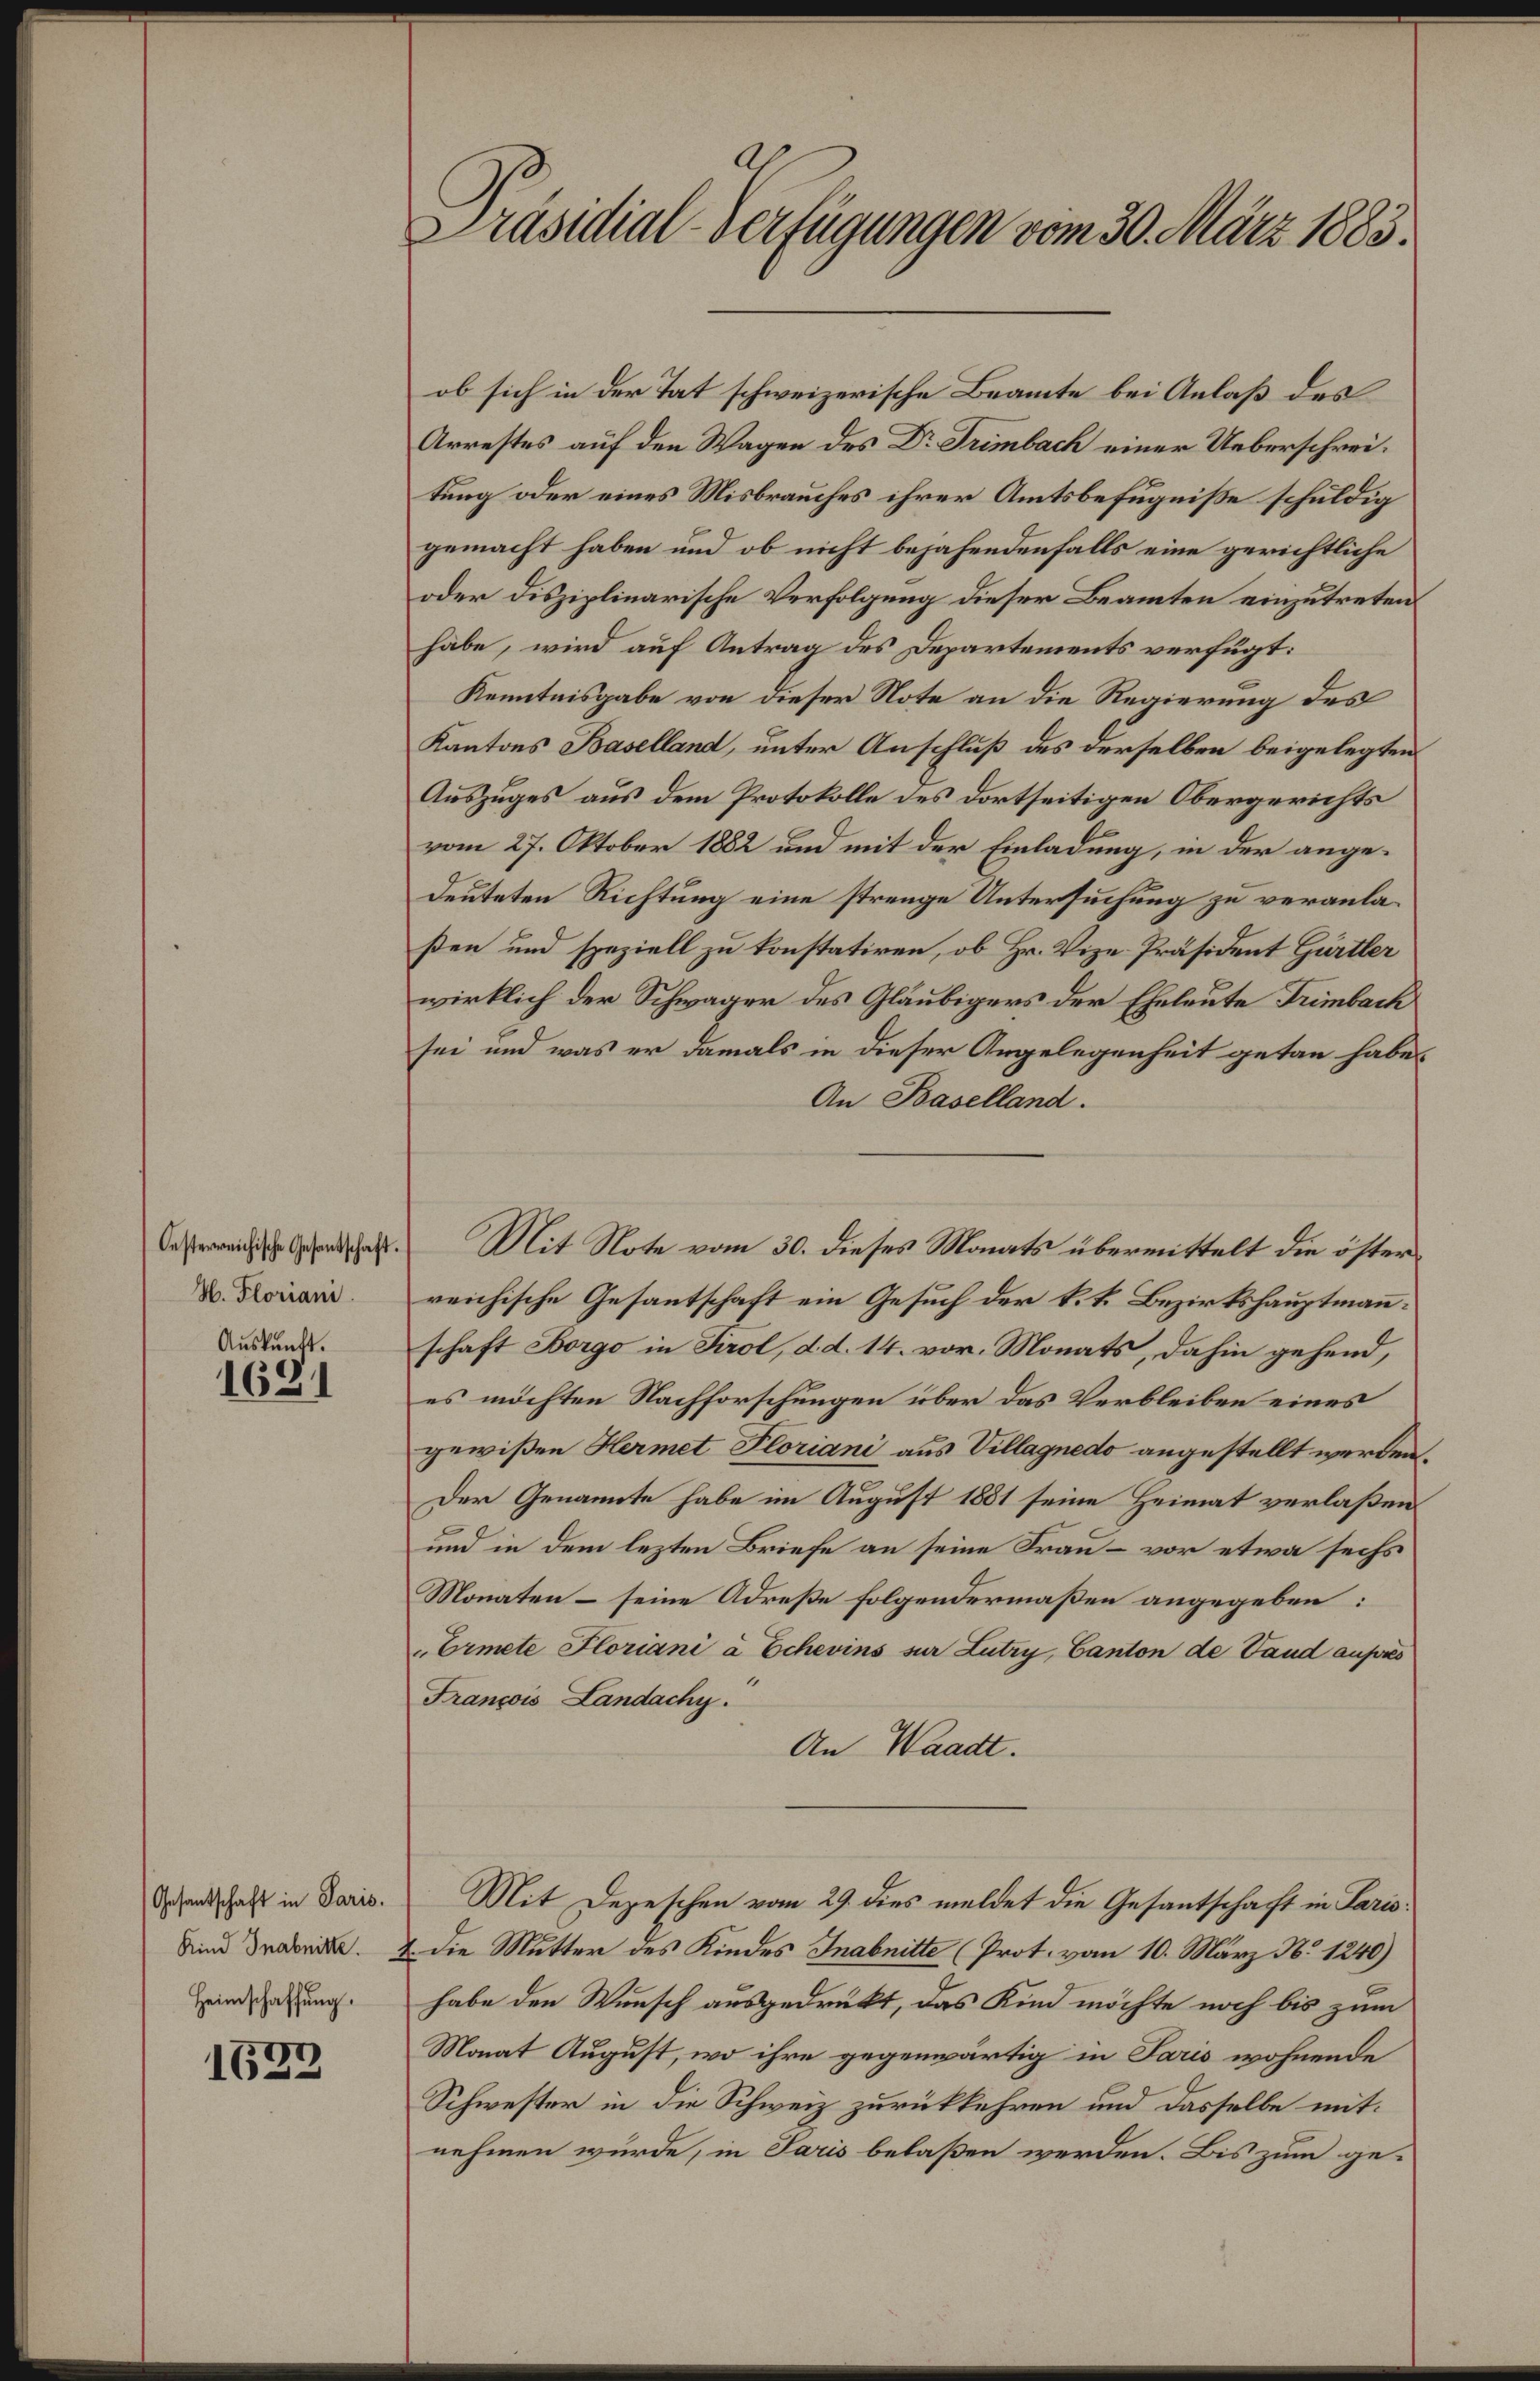
Oesterreichische Gesantschaft.
H. Floriani

Auskunft.
1621

(Gesantschaft in Paris.
Kind Inabnitte.
Heimschaffung.

1622

Präsidial-Verfügungen vom 30. März 1883.

ob sich in der Tat schweizerische Beamte bei Anlaß des
Arrestes auf den Wagen des Dr Trimbach einer Ueberschreitung oder eines Misbrauches ihrer Amtsbefugniße schuldig
gemacht haben und ob nicht bejahendenfalls eine gerichtliche
oder disziplinarische Verfolgung dieser Beamten einzutreten
habe, wird auf Antrag des Departements verfügt:
Kenntnisgabe von dieser Note an die Regierung des
Kantons Baselland, unter Anschluß des derselben beigelegten
Auszuges aus dem Protokolle des dortseitigen Obergerichts
vom 27. Oktober 1882 und mit der Einladung, in der angedeuteten Richtung eine strenge Untersuchung zu veranlaßen und speziell zu konstatiren, ob Hr. Vize-Präsident Gürtler
wirklich der Schwager des Gläubigers der Eheleute Trimbach
sei und was er damals in dieser Argelegenheit getan habe.
An Baselland.
Mit Note vom 30. dieses Monats übermittelt die öster
reichische Gesantschaft ein Gesuch der k. k. Bezirkshauptmannschaft Borgo in Tirol, d. d. 14. vor. Monats, dahin gehend,
es möchten Nachforschungen über das Verbleiben eines
gewißen Hermet Ploriani aus Villagnedo angestellt werden.
Der Genannte habe im August 1881 seine Heimat verlaßen
und in dem lezten Briefe an seine Frau – vor etwa sechs
Monaten – seine Adrese Folgendermaßen angegeben:
Ermete Floriani à Echevins sur Lutry, Canton de Vaud aufres
François Landachy.
An Waadt.
Mit Depeschen vom 29. dies meldet die Gesantschaft in Paris:
Die Mutter des Kindes Inabnitte (Prot. vom 10. März No 1240)
habe den Wunsch ausgedrükt, das Kind möchte noch bis zum
Monat August, wo ihre gegenwärtig in Paris wohnende
Schwester in die Schweiz zurückkehren und dasselbe mit:
nehmen würde, in Paris belaßen werden. Bis zum ge-